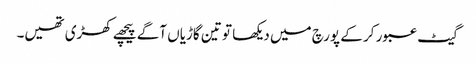
گیٹ عبور کر کے پورچ میں دیکھا تو تین گاڑیاں آگے پیچھے کھڑی تھیں۔